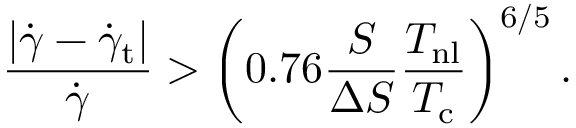
\frac { \left| \dot { \gamma } - \dot { \gamma } _ { \mathrm { t } } \right| } { \dot { \gamma } } > \left( 0 . 7 6 \frac { S } { \Delta S } \frac { T _ { \mathrm { n l } } } { T _ { \mathrm { c } } } \right) ^ { 6 / 5 } \mathrm { . }